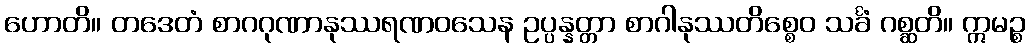
ဟောတိ။ တဒေတံ စာဂဂုဏာနုဿရဏဝသေန ဥပ္ပန္နတ္တာ စာဂါနုဿတိစ္စေဝ သင်္ခံ ဂစ္ဆတိ။ ဣမဉ္စ